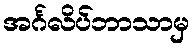
အင်္ဂလိပ်ဘာသာမှ